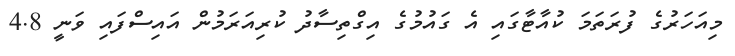
މިއަހަރުގެ ފުރަތަމަ ކުއާޓާގައި އެ ގައުމުގެ އިގްތިސާދު ކުރިއަރަމުން އައިސްފައި ވަނީ 4.8